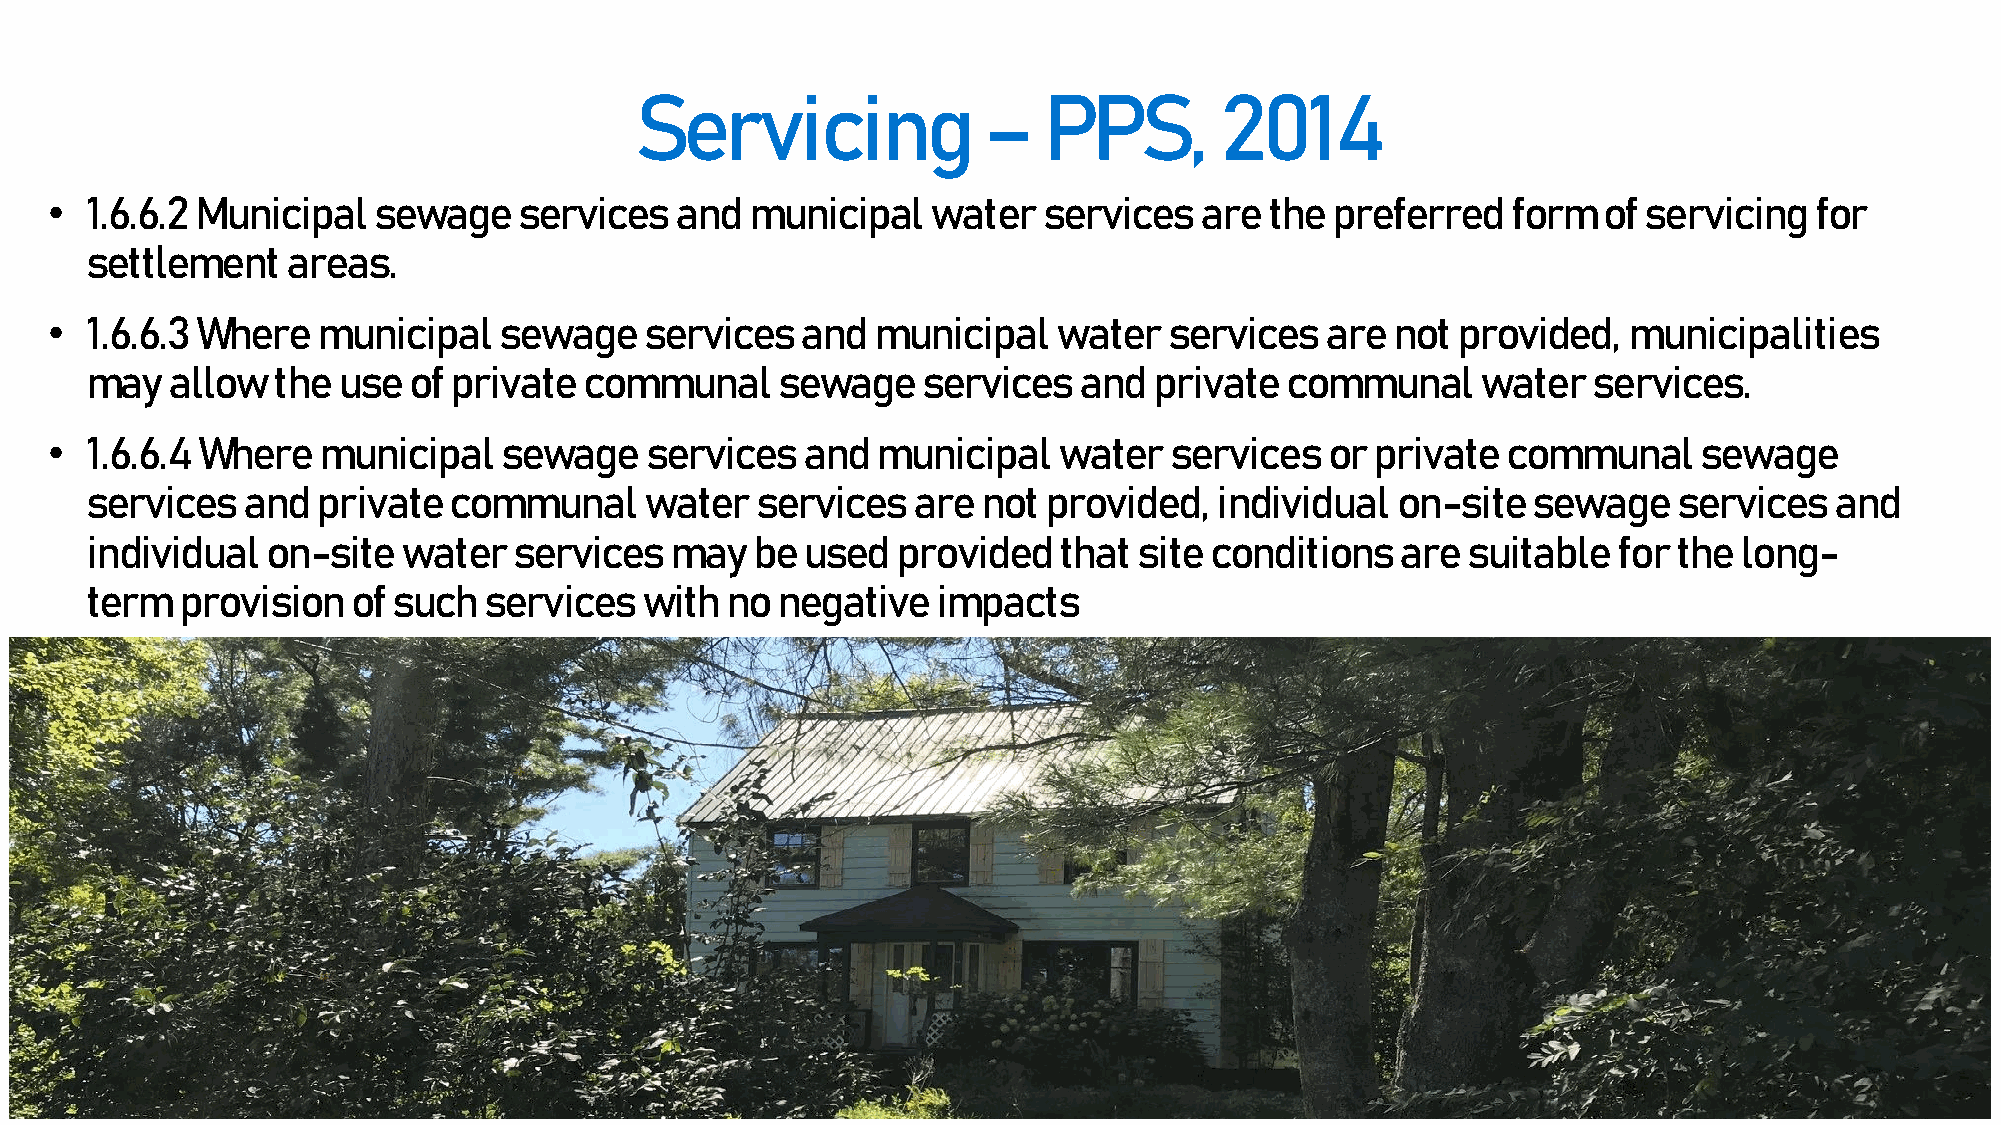
Servicing              –   PPS,        2014
 •  1.6.6.2 Municipal  sewage   services   and  municipal   water  services  are  the preferred   form  of servicing  for
 settlement   areas.
 •  1.6.6.3 Where  municipal   sewage    services  and  municipal   water  services   are not provided,   municipalities
 may  allow  the use  of private  communal    sewage    services  and  private  communal     water  services.
 •  1.6.6.4 Where  municipal   sewage    services  and  municipal   water  services   or private  communal     sewage
 services  and  private  communal     water  services  are  not provided,  individual  on-site  sewage    services  and
 individual  on-site  water  services  may   be used  provided   that site conditions   are suitable  for the long-
 term  provision  of such  services  with  no negative   impacts